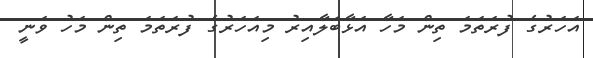
އަހަރުގެ ފުރަތަމަ ތިން މަހާ އަޅާބަލާއިރު މިއަހަރުގެ ފުރަތަމަ ތިން މަހު ވަނީ